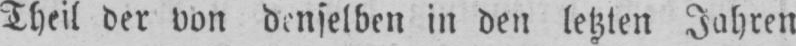
Theil der von denselben in den letzten Jahren